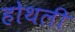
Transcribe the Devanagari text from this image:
होथली